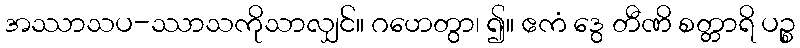
အဿာသပ-ဿာသကိုသာလျှင်။ ဂဟေတွာ၊ ၍။ ဧကံ ဒွေ တီဏိ စတ္တာရိ ပဉ္စ